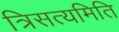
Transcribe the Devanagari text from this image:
त्रिसत्यमिति